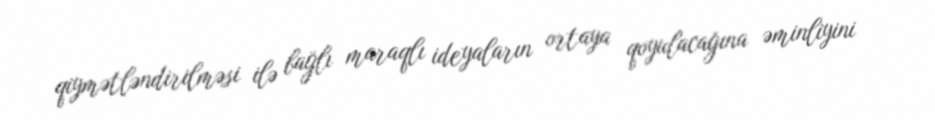
qiymətləndirilməsi ilə bağlı maraqlı ideyaların ortaya qoyulacağına əminliyini